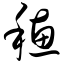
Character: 穗